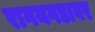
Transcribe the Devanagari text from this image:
रागयगडावर